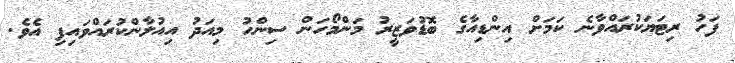
ފަހު ރިޓަޔަކުރައްވާނެ ކަމަށް އިންޑިއާގެ ބޮޑުވަޒީރު މަންމޯހަން ސިންހު މިއަދު އިއުލާންކުރައްވައިފި އެވެ.